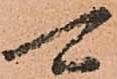
可